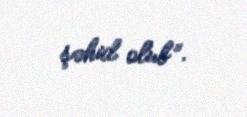
şəhid olub”.